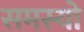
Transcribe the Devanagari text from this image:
समस्यो